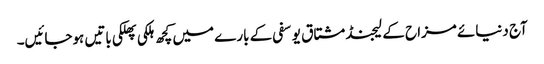
آج دنیائے مزاح کے لیجنڈ مشتاق یوسفی کے بارے میں کچھ ہلکی پھلکی باتیں ہوجائیں۔